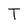
Character: T